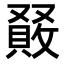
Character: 𠮆